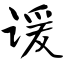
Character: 谖